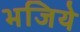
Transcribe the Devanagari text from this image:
भजिये